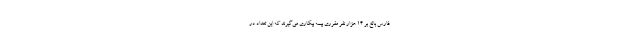
فارس بالغ بر ۱۴ هزار نفر مقرری بیمه بیکاری می‌گیرند که این تعداد در